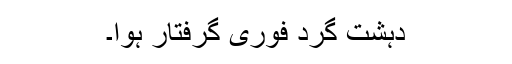
دہشت گرد فوری گرفتار ہوا۔